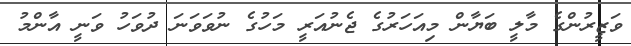
ވަޒީރުންގެ މާލީ ބަޔާން މިއަހަރުގެ ޖެނުއަރީ މަހުގެ ނުވަވަނަ ދުވަހު ވަނީ އާންމު